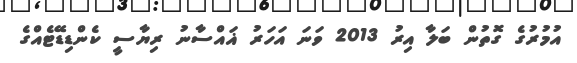
އުމުރުގެ ގޮތުން ބަލާ އިރު 2013 ވަނަ އަހަރު ޣައްސާނު ރިޔާސީ ކެންޑިޑޭޓެއްގެ